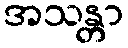
အသန္တာ